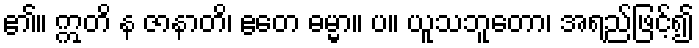
၏။ ဣတိ န ဇာနာတိ၊ ဧတေ ဓမ္မာ။ ပ။ ယူသဘူတော၊ အရည်ဖြင့်၍